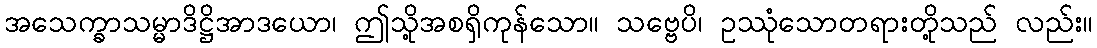
အသေက္ခာသမ္မာဒိဋ္ဌိအာဒယော၊ ဤသို့အစရှိကုန်သော။ သဗ္ဗေပိ၊ ဥဿုံသောတရားတို့သည် လည်း။